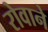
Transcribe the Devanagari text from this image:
रोवाने